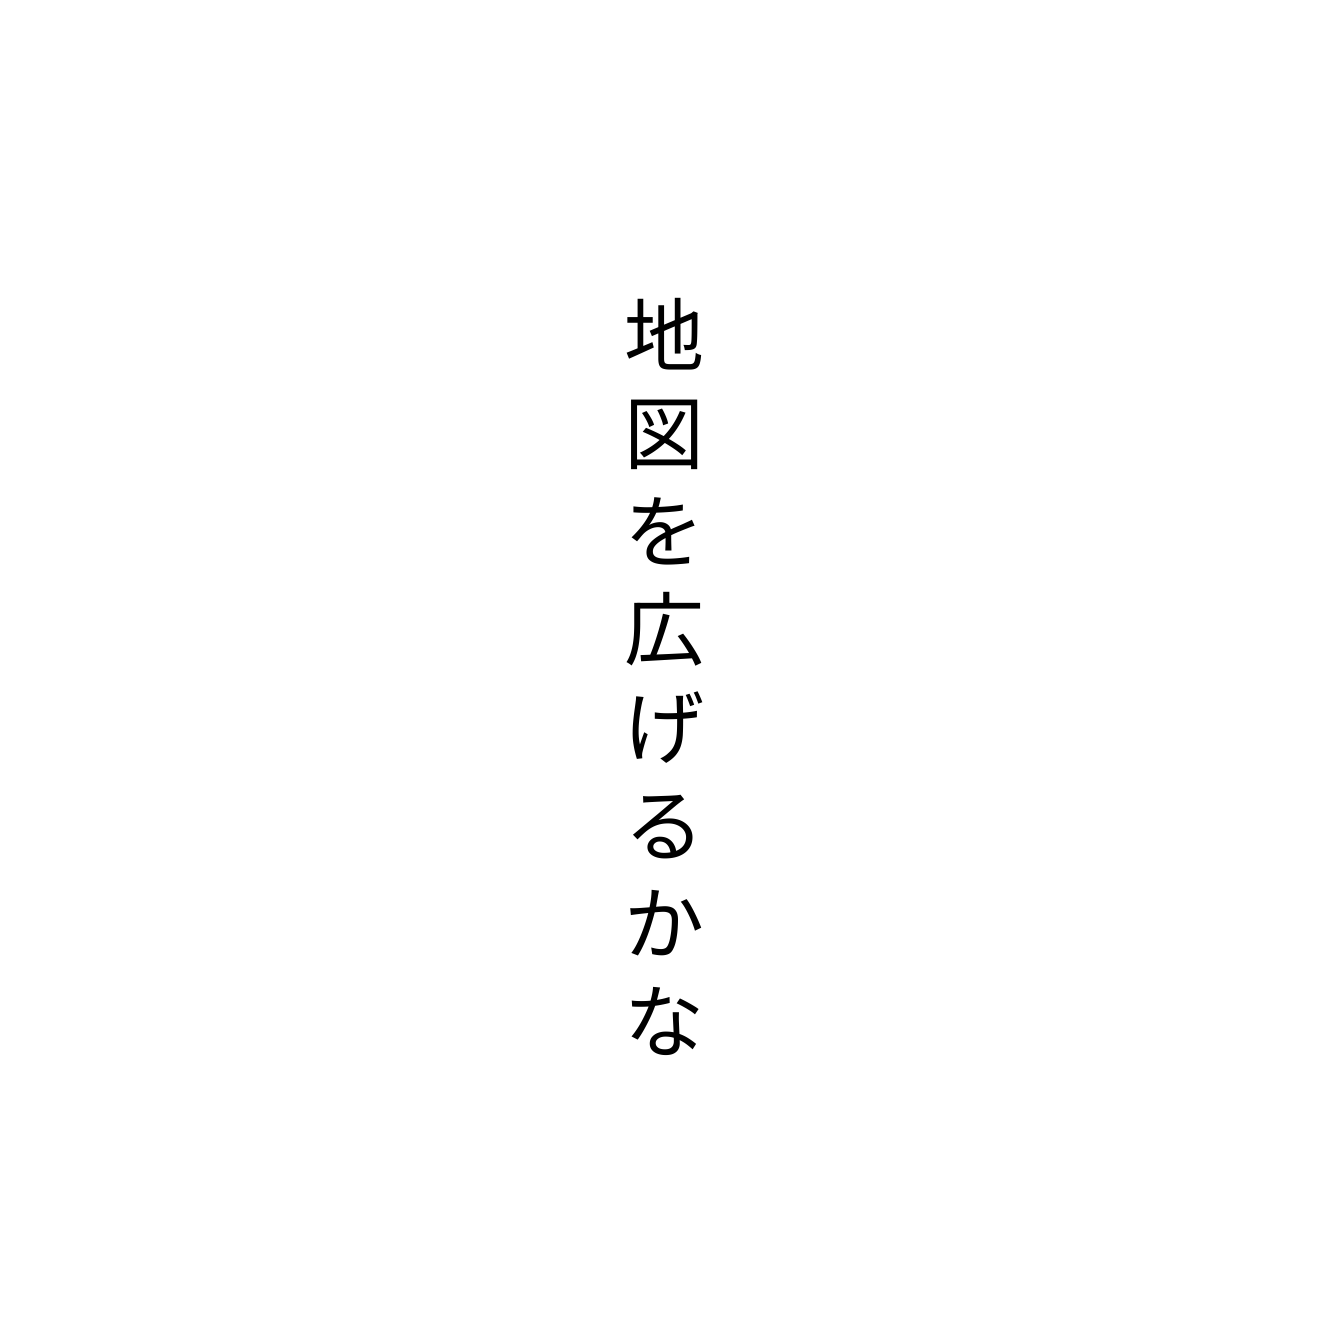
地図を広げるかな